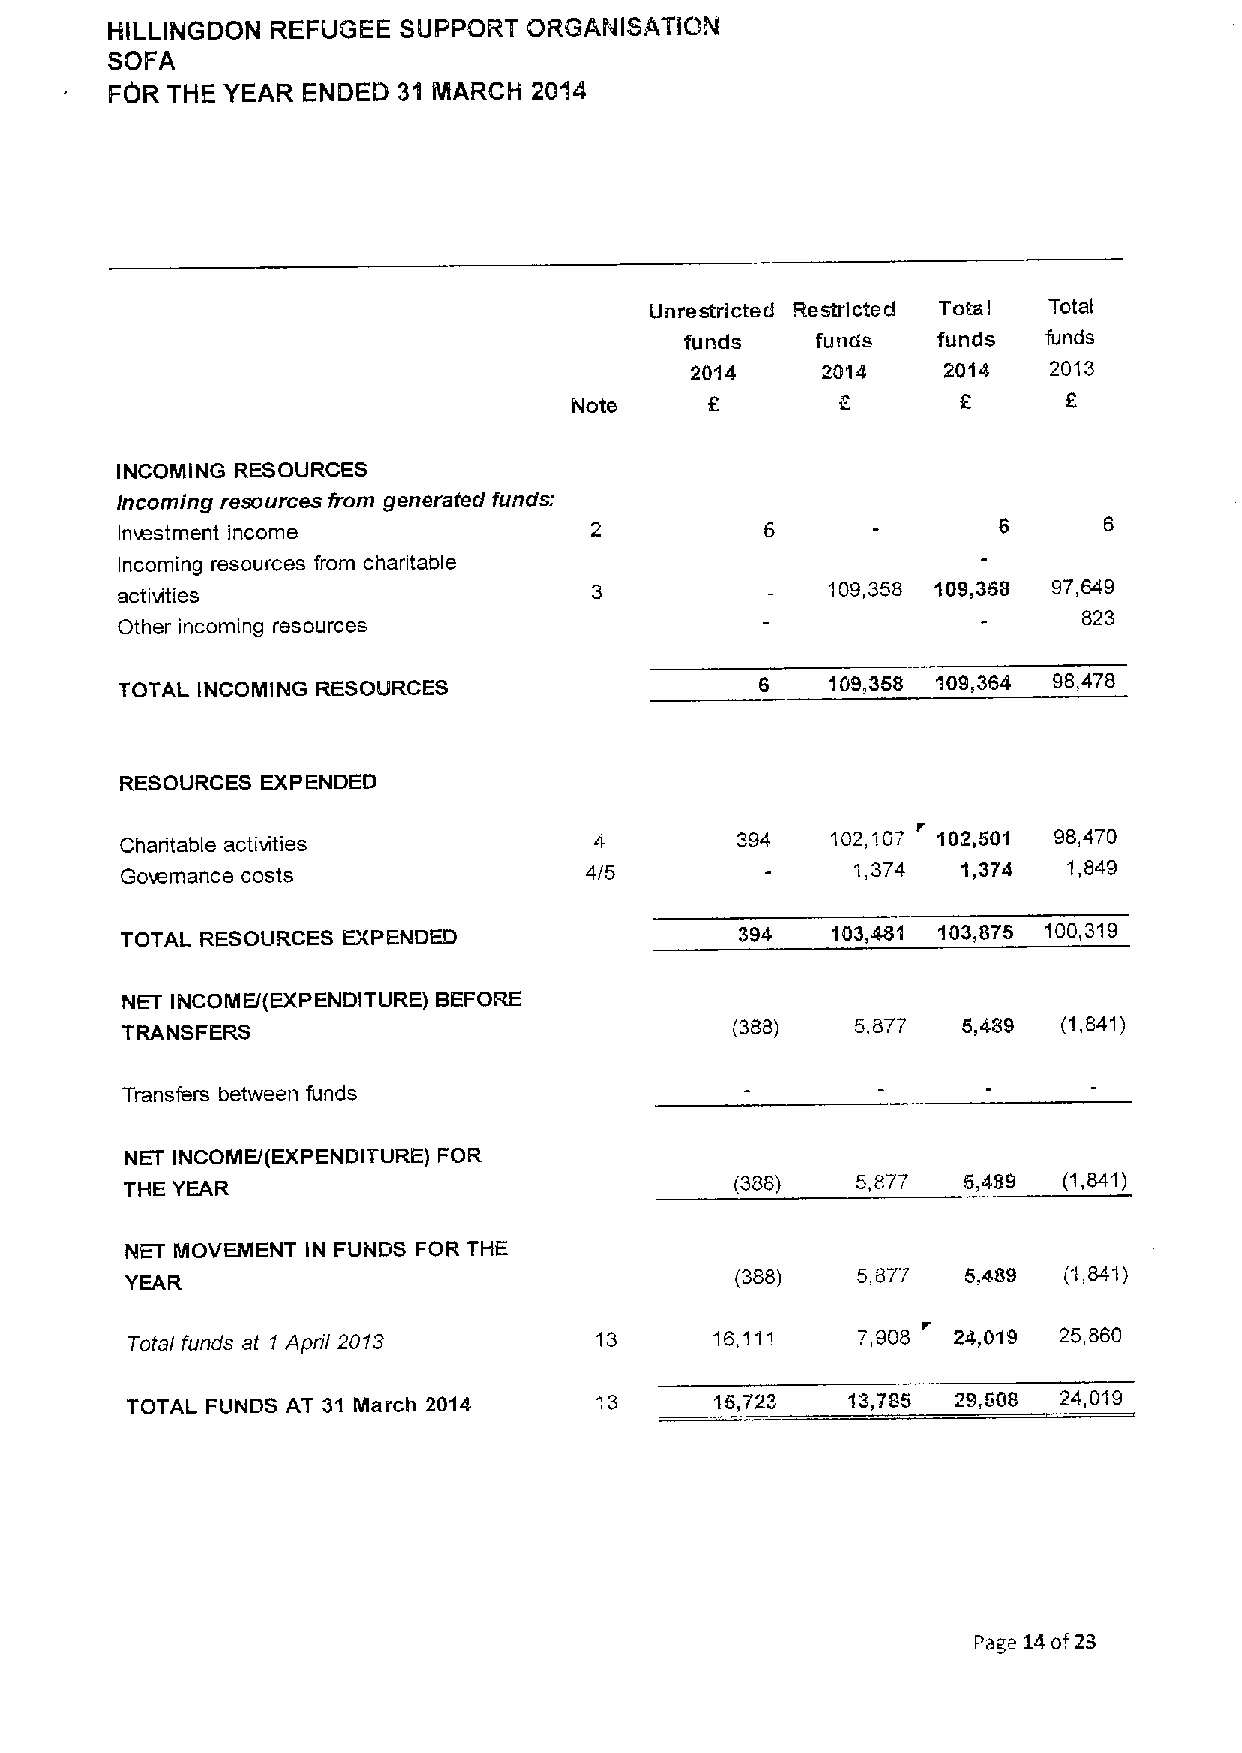
HILLINGDQN REFUGEE SUPPQRT  QRGANISATIQN
 SQFA
 FOR THE YEAR ENDED 31 MARCH 201I4I
 Unrestricted Restricted Tots Total
 I
 funds    funds   funds  funds
 2014    2014    2014    2013
 Note
 INCOMING RESOURCES
 Incoming resources from generated funds:
 Investment income
 Incoming resources from charitable
 109,358 109,368 97,849
 activities
 823
 Other incoming resources
 TOTAL INCOMING RESOURCES                  6    109,358 109,364 98,478
 RESOURCES EXPENDED
 Charitable activities
 394   102,107 102,501 98,470
 Governance costs               4/5               1,374  1,374  1,849
 TOTAL RESOURCES EXPENDED                 394   103,481 103,875 100,319
 NET INCOME/(EXPENDITURE) BEFORE
 TRANSFERS                                (388)   5,877  5,489 (1,841)
 Transfers between funds
 NET INCOME/(EXPENDITURE) FOR
 THE YEAR                                 (388)   5,877  6,489 (1,841)
 NET MOVEMENT IN FUNDS FOR THE
 YEAR
 (388)   5,877  5,489 (1,841)
 Total funds at 1April 2013     13      16,111    7,908 24,019 25,860
 TOTAL FUNDS AT 31 March 2014           16,723   13,785 29,608 24,019
 Page 14of23